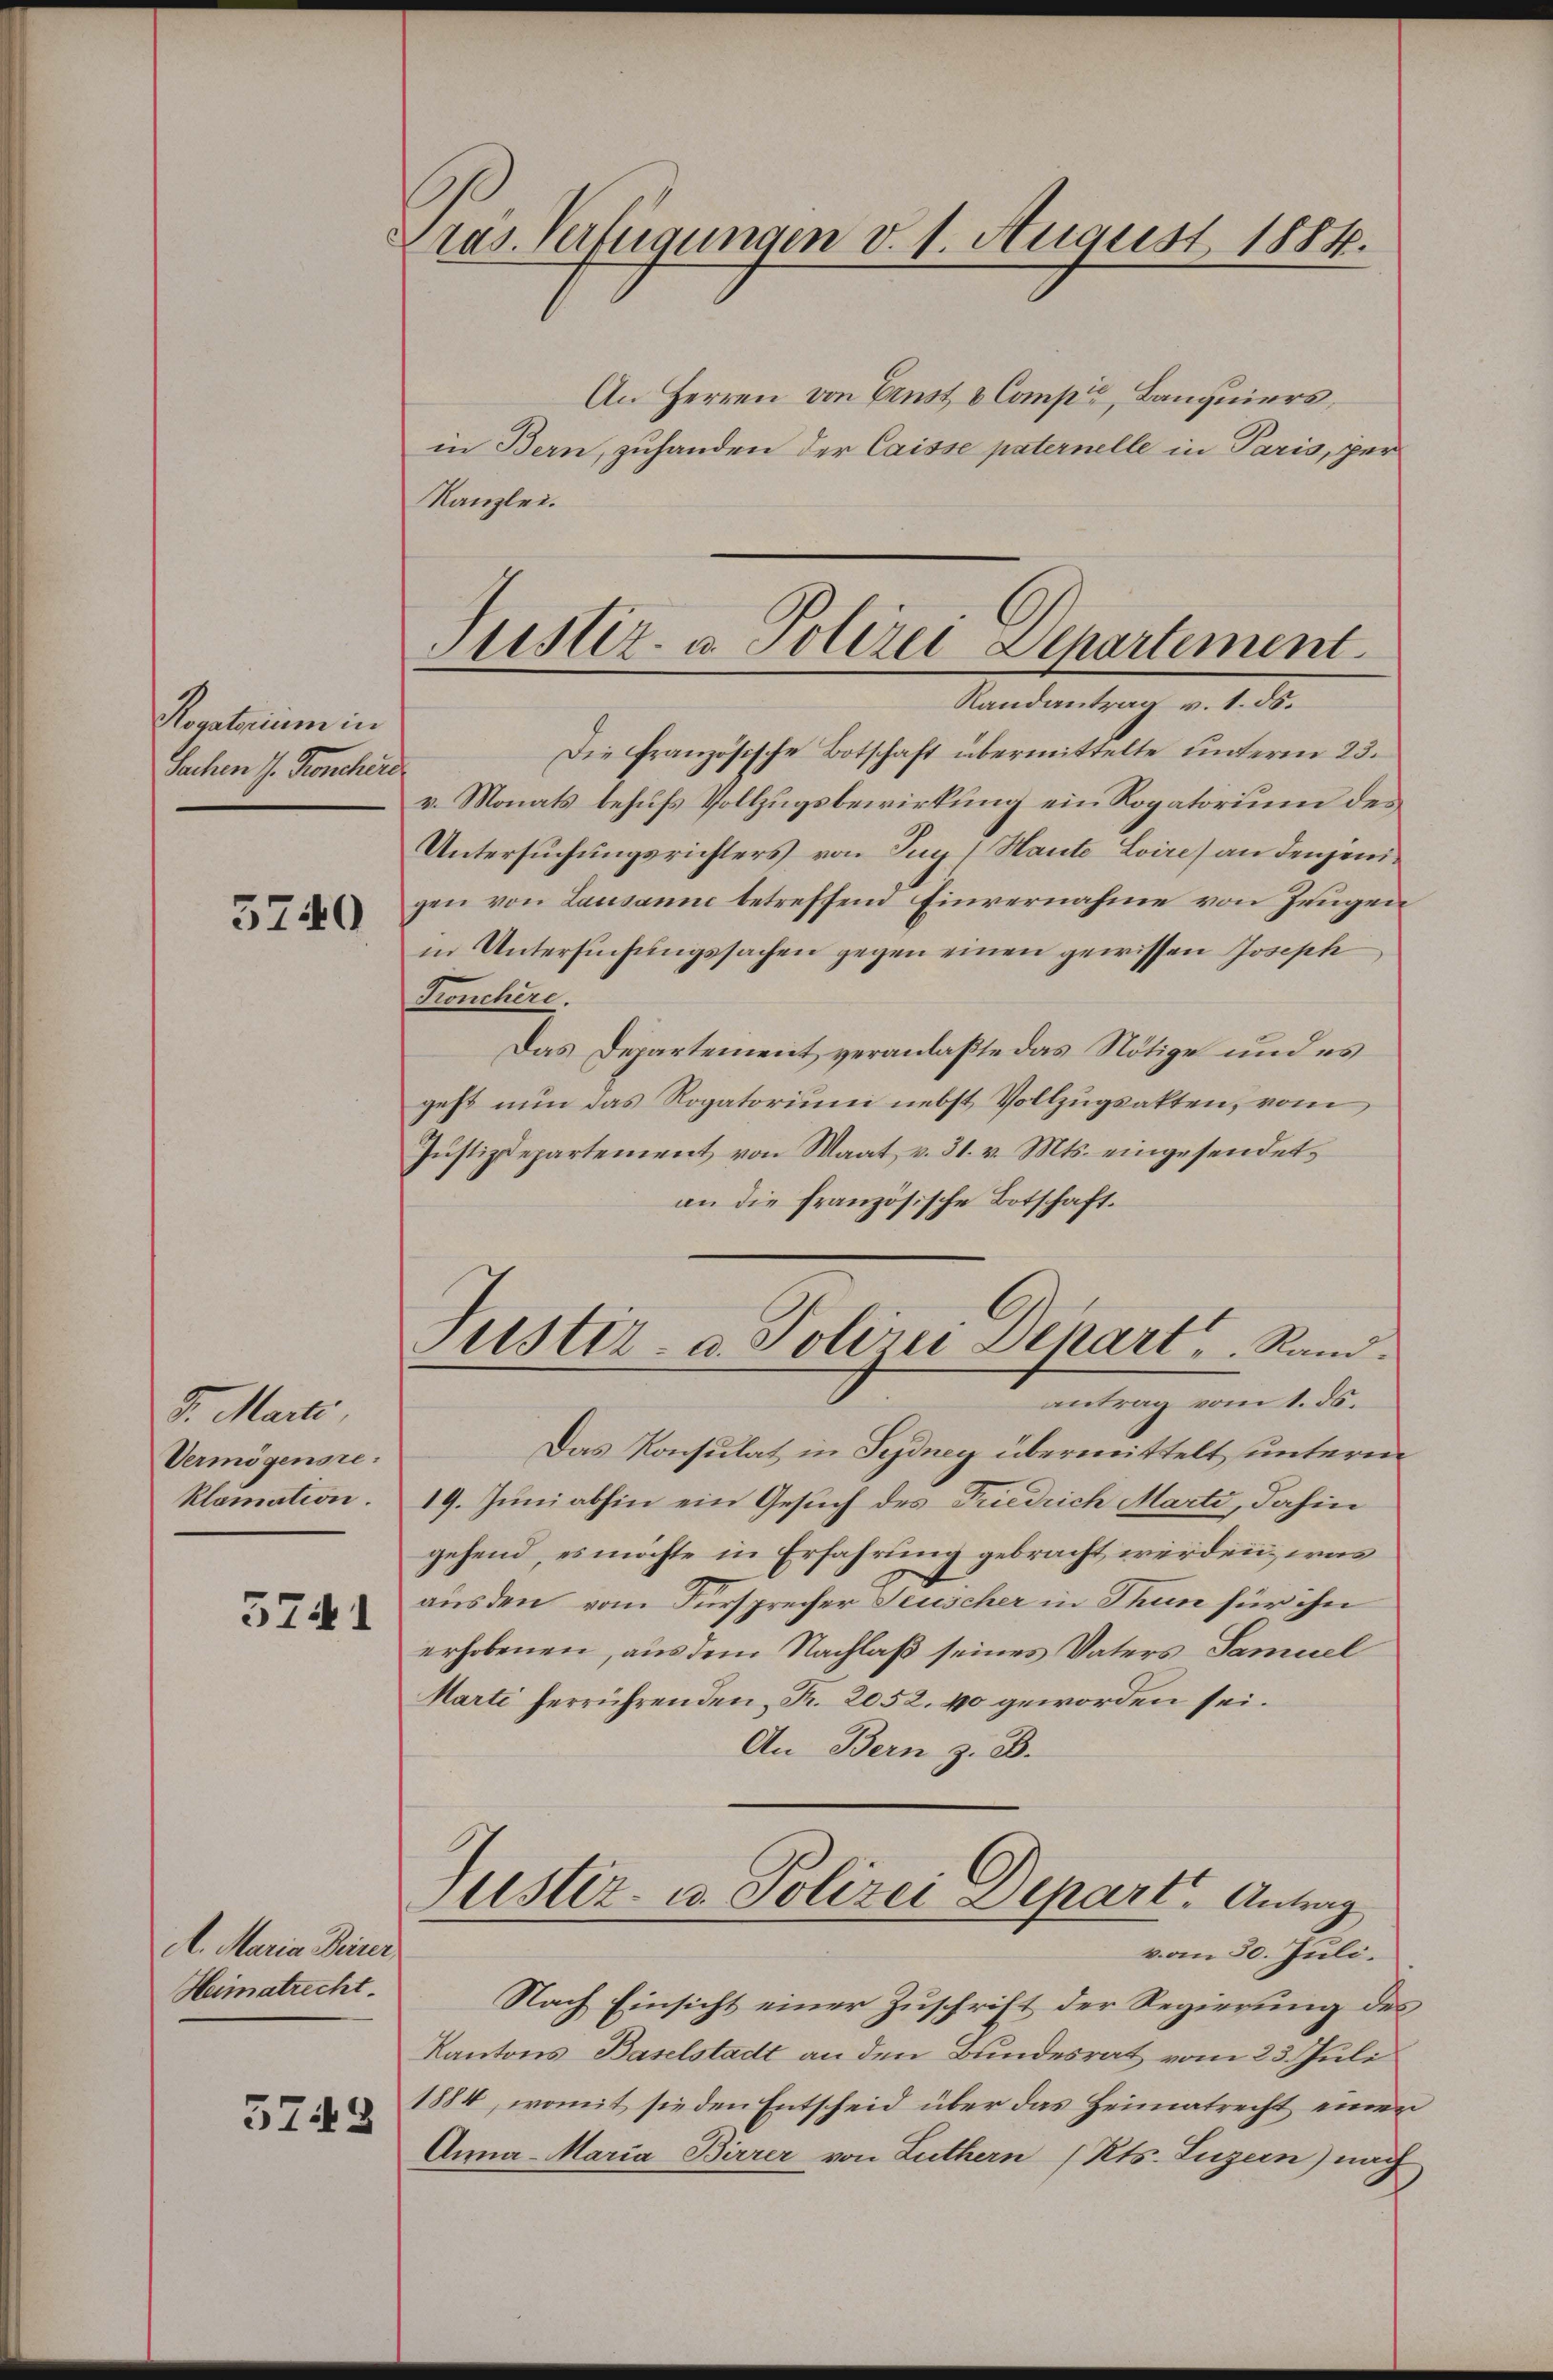
Regatarium in
Sachen J. Kronchere

5740

J. Marti
Vermögensre
klamation.
5741

A. Maria Deiner
Heimatrecht.

3743

Pras. Verfügungen v. 1. August 1884.

An Herren von Ernst & Compi, Banquiers,
in Bern, zuhanden der Caisse paternelle in Paris, per
Kanzlei.

Justiz- u. Polizei Departement
Randantrag v. 1. ds.

Justiz- u. Polizei Depart, Rand.
antrag vom 1. ds.

Die französische Botschaft übermittelte unterm 23.
v. Monats behufs Vollzugsbewirkung ein Rogatorium des
Untersuchungsrichters von Ing/Haute Loire) an denjenigen von Lausanne betreffend Einvernahme von Zeugen
in Untersuchungssachen gegen einen gewissen Joseph
Tronchère.
Das Departement veranlaßte das Nötige und es
geht nun das Rogatorium nebst Vollzugsakten, vom
Justizdepartement von Maat v. 31. v. Mts. eingesendet,
an die französische Botschaft.
Das Konsulat in Sydney übermittelt unterm
19. Juni abhin ein Gesuch des Friedrich Marti, dahin
gehend, es möchte in Erfahrung gebracht werden, was
aus den vom Fürsprecher Seuscher in Thun für ihn
erhobenen, aus dem Nachlaß seines Vaters Samuel
Marti herrührenden Fr. 2052. 40 geworden sei.
An Bern z. B.
Justiz- u. Polizei Depart. Antrag
vom 30. Juli.
Nach Einsicht einer Zuschrift der Regierung des
Kantons Baselstadt an den Bundesrat vom 23. Juli
1884, womit sie den Entscheid über das Heimatrecht einen
Anna - Maria Birrer von Luthern (Kts. Luzern) nach